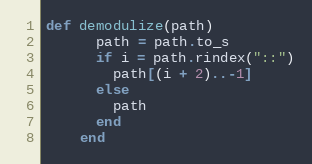
Language: Ruby
def demodulize(path)
      path = path.to_s
      if i = path.rindex("::")
        path[(i + 2)..-1]
      else
        path
      end
    end